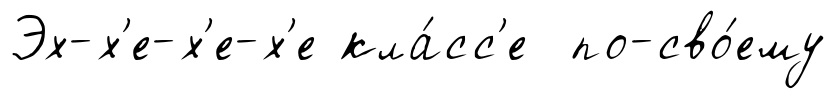
Эх-х'е-х'е-х'е кла́сс'е по-сво́ему